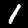
Digit: 1